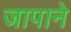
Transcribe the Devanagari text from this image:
जापाने